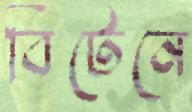
বিটেনে